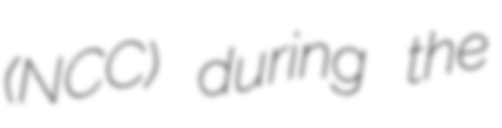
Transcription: (NCC) during the